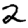
Digit: 2